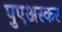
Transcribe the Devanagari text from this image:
पुएअस्कर